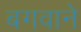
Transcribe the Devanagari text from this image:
बगवाने